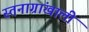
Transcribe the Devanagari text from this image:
स्तनाग्रांखाली